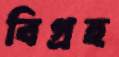
বিগ্রহ